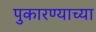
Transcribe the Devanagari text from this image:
पुकारण्याच्या